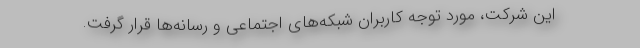
این شرکت، مورد توجه کاربران شبکه‌های اجتماعی و رسانه‌ها قرار گرفت.